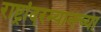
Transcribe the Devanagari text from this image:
राष्ट्रांदरम्यानच्या